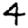
Digit: 4